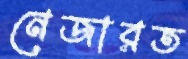
নেজারত